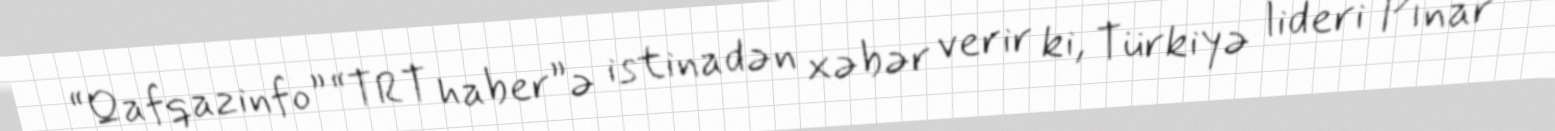
“Qafqazinfo” “TRT haber”ə istinadən xəbər verir ki, Türkiyə lideri Pınar